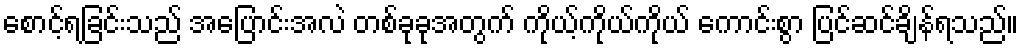
စောင့်ရခြင်းသည် အပြောင်းအလဲ တစ်ခုခုအတွက် ကိုယ့်ကိုယ်ကိုယ် ကောင်းစွာ ပြင်ဆင်ချိန်ရသည်။